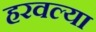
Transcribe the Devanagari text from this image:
हरवल्या